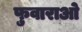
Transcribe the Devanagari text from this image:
फुवाराओ